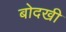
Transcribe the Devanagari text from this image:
बोदखी